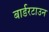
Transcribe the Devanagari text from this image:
बार्डरटाउन